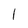
Character: l